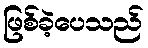
ဖြစ်ခဲ့ပေသည်